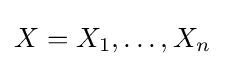
X=X_{1},\dots ,X_{n}